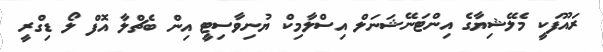
ރައޫފަކީ މެލޭޝިޔާގެ އިންޓަނޭޝަނަލް އިސްލާމިކް ޔުނިވާސިޓީ އިން ބެޗްލާ އޮފް ލޯ ޑިގްރީ